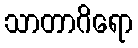
သာတာဂိရော